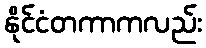
နိုင်ငံတကာကလည်း